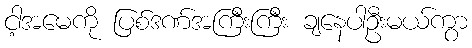
ငါ့အမေကို ပြစ်ဒဏ်အကြီးကြီး ချနေပါဦးမယ်ကွာ